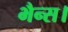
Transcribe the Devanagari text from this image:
भैन्स।